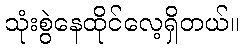
သုံးစွဲနေထိုင်လေ့ရှိတယ်။